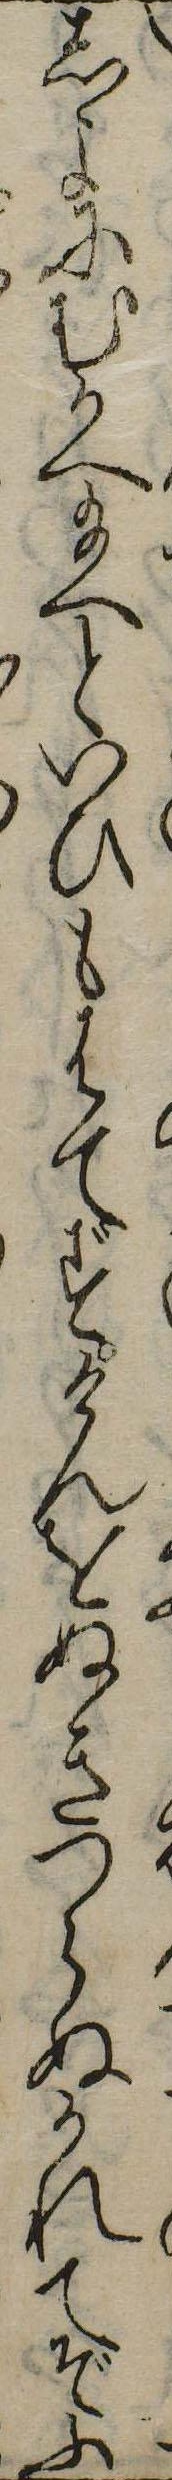
しよにむかへ給へといひもはてずけんをぬきつらぬかれてぞふ